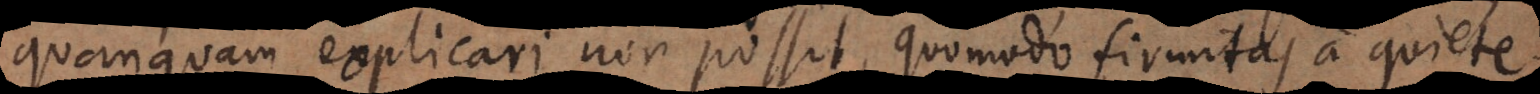
quanquam explicari non possit, quomodo firmitas a quiete